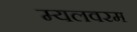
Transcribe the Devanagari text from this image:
म्यलवरम